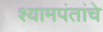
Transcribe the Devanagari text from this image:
श्यामपंतांचे